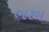
ભરમ